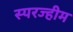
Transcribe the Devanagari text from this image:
स्परज्हीम